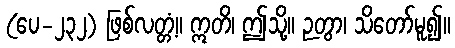
(ပေ-၂၃၂) ဖြစ်လတ္တံ့။ ဣတိ၊ ဤသို့။ ဉတွာ၊ သိတော်မူ၍။